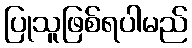
ပြုသူဖြစ်ရပါမည်